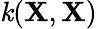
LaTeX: \mathit{k}(\textbf{{X}},\textbf{{X}})